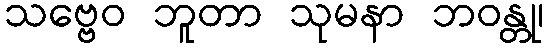
သဗ္ဗေဝ ဘူတာ သုမနာ ဘဝန္တု၊